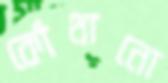
কোঁথানো